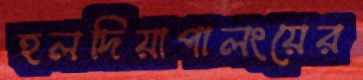
হলদিয়াপালংয়ের